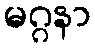
မဂ္ဂနာ